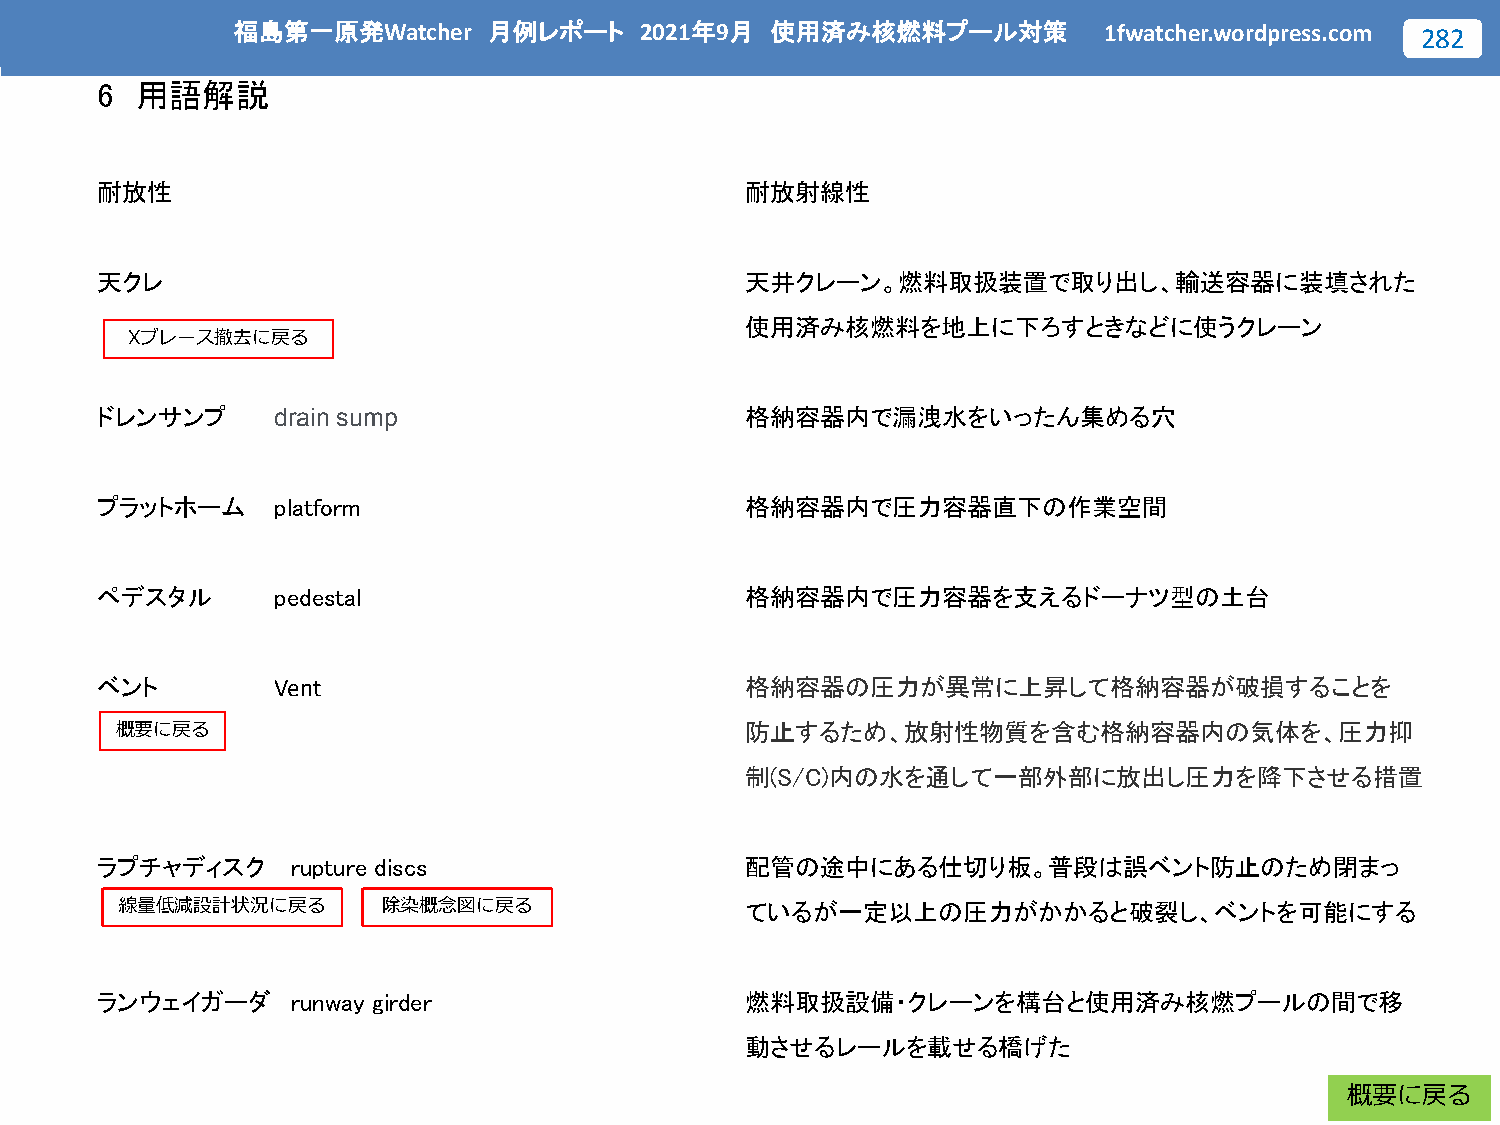
福島第一原発Watcher    月例レポート    2021年9月  使用済み核燃料プール対策          1fwatcher.wordpress.com 282
 6  用語解説
 耐放性                                        耐放射線性
 天クレ                                        天井クレーン。燃料取扱装置で取り出し、輸送容器に装填された
 使用済み核燃料を地上に下ろすときなどに使うクレーン
 Xブレース撤去に戻る
 ドレンサンプ      drain sump                     格納容器内で漏洩水をいったん集める穴
 プラットホーム     platform                       格納容器内で圧力容器直下の作業空間
 ペデスタル       pedestal                       格納容器内で圧力容器を支えるドーナツ型の土台
 ベント         Vent                           格納容器の圧力が異常に上昇して格納容器が破損することを
 概要に戻る                                    防止するため、放射性物質を含む格納容器内の気体を、圧力抑
 制(S/C)内の水を通して一部外部に放出し圧力を降下させる措置
 ラプチャディスク     rupture discs                 配管の途中にある仕切り板。普段は誤ベント防止のため閉まっ
 線量低減設計状況に戻る      除染概念図に戻る                ているが一定以上の圧力がかかると破裂し、ベントを可能にする
 ランウェイガーダ     runway girder                 燃料取扱設備・クレーンを構台と使用済み核燃プールの間で移
 動させるレールを載せる橋げた
 概要に戻る